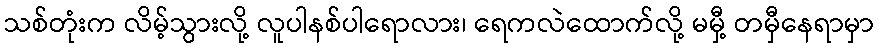
သစ်တုံးက လိမ့်သွားလို့ လူပါနစ်ပါရောလား၊ ရေကလဲထောက်လို့ မမှီ့ တမှီနေရာမှာ